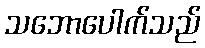
သဘောပေါက်သည်